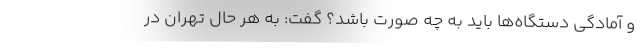
و آمادگی دستگاه‌ها باید به چه صورت باشد؟ گفت: به هر حال تهران در